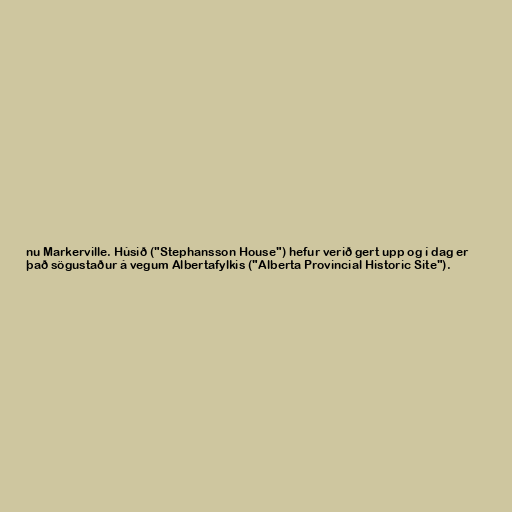
nu Markerville. Húsið ("Stephansson House") hefur verið gert upp og í dag er
það sögustaður á vegum Albertafylkis ("Alberta Provincial Historic Site").